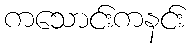
ကသောင်းကနင်း